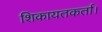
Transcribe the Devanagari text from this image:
शिकायतकर्ता।